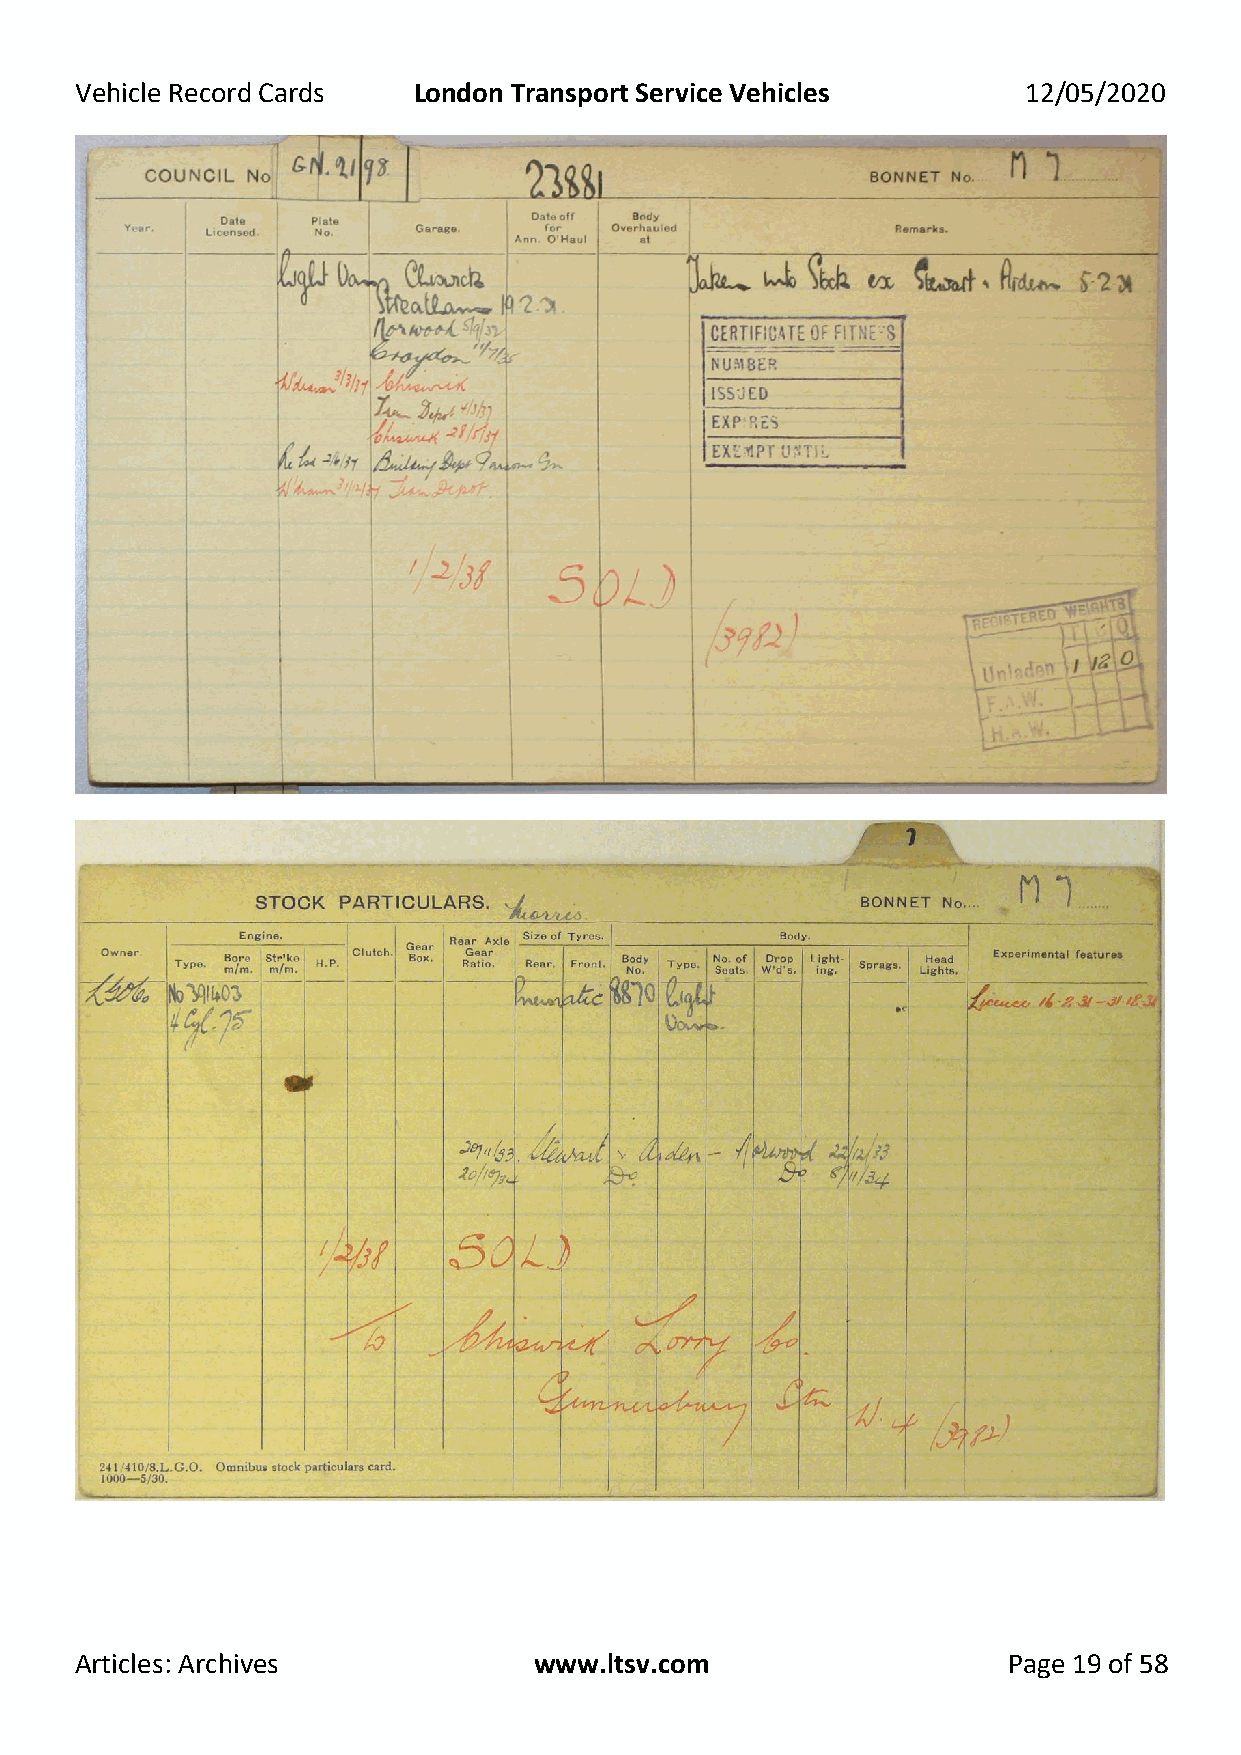
Vehicle Record Cards  London Transport Service Vehicles        12/05/2020
 Articles: Archives            www.ltsv.com                    Page 19 of 58